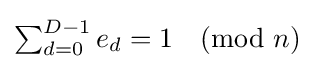
{\textstyle \sum _{d=0}^{D-1}e_{d}=1{\pmod {n}}}